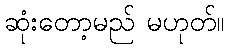
ဆုံးတော့မည် မဟုတ်။